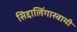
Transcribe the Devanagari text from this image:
सिद्दालिंगास्वामी